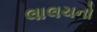
લાલચનો